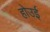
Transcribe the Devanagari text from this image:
होउई